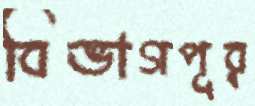
বিভাগপূর্